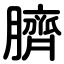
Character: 臍